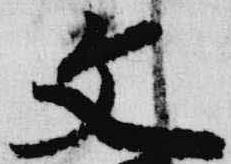
文